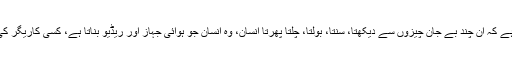
پھر کس طرح آپ کی عقل یہ مان سکتی ہے کہ ان چند بے جان چیزوں سے دیکھتا، سنتا، بولتا، چلتا پھرتا انسان، وہ انسان جو ہوائی جہاز اور ریڈیو بناتا ہے، کسی کاریگر کی حکمت کے بغیر خود بخود بن جاتا ہے؟